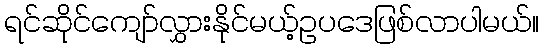
ရင်ဆိုင်ကျော်လွှားနိုင်မယ့်ဥပဒေဖြစ်လာပါမယ်။